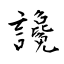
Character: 讒